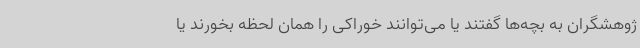
ژوهشگران به بچه‌ها گفتند یا می‌توانند خوراکی را همان لحظه بخورند یا